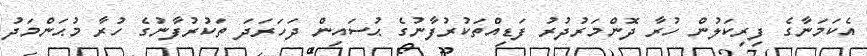
އެކަމަނާގެ ފިރިކަލުން ހުރާ ދޮންމަރުދުރު ފަޑިއްތަކުރުފާނުގެ ޙުސައިން ދަހަރަދަ ތަކުރުފާނުގެ ހުރާ މުޙަންމަދު